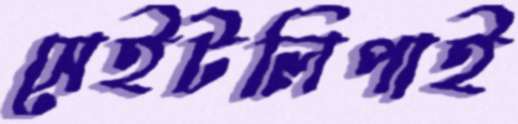
সেইটলিপাই